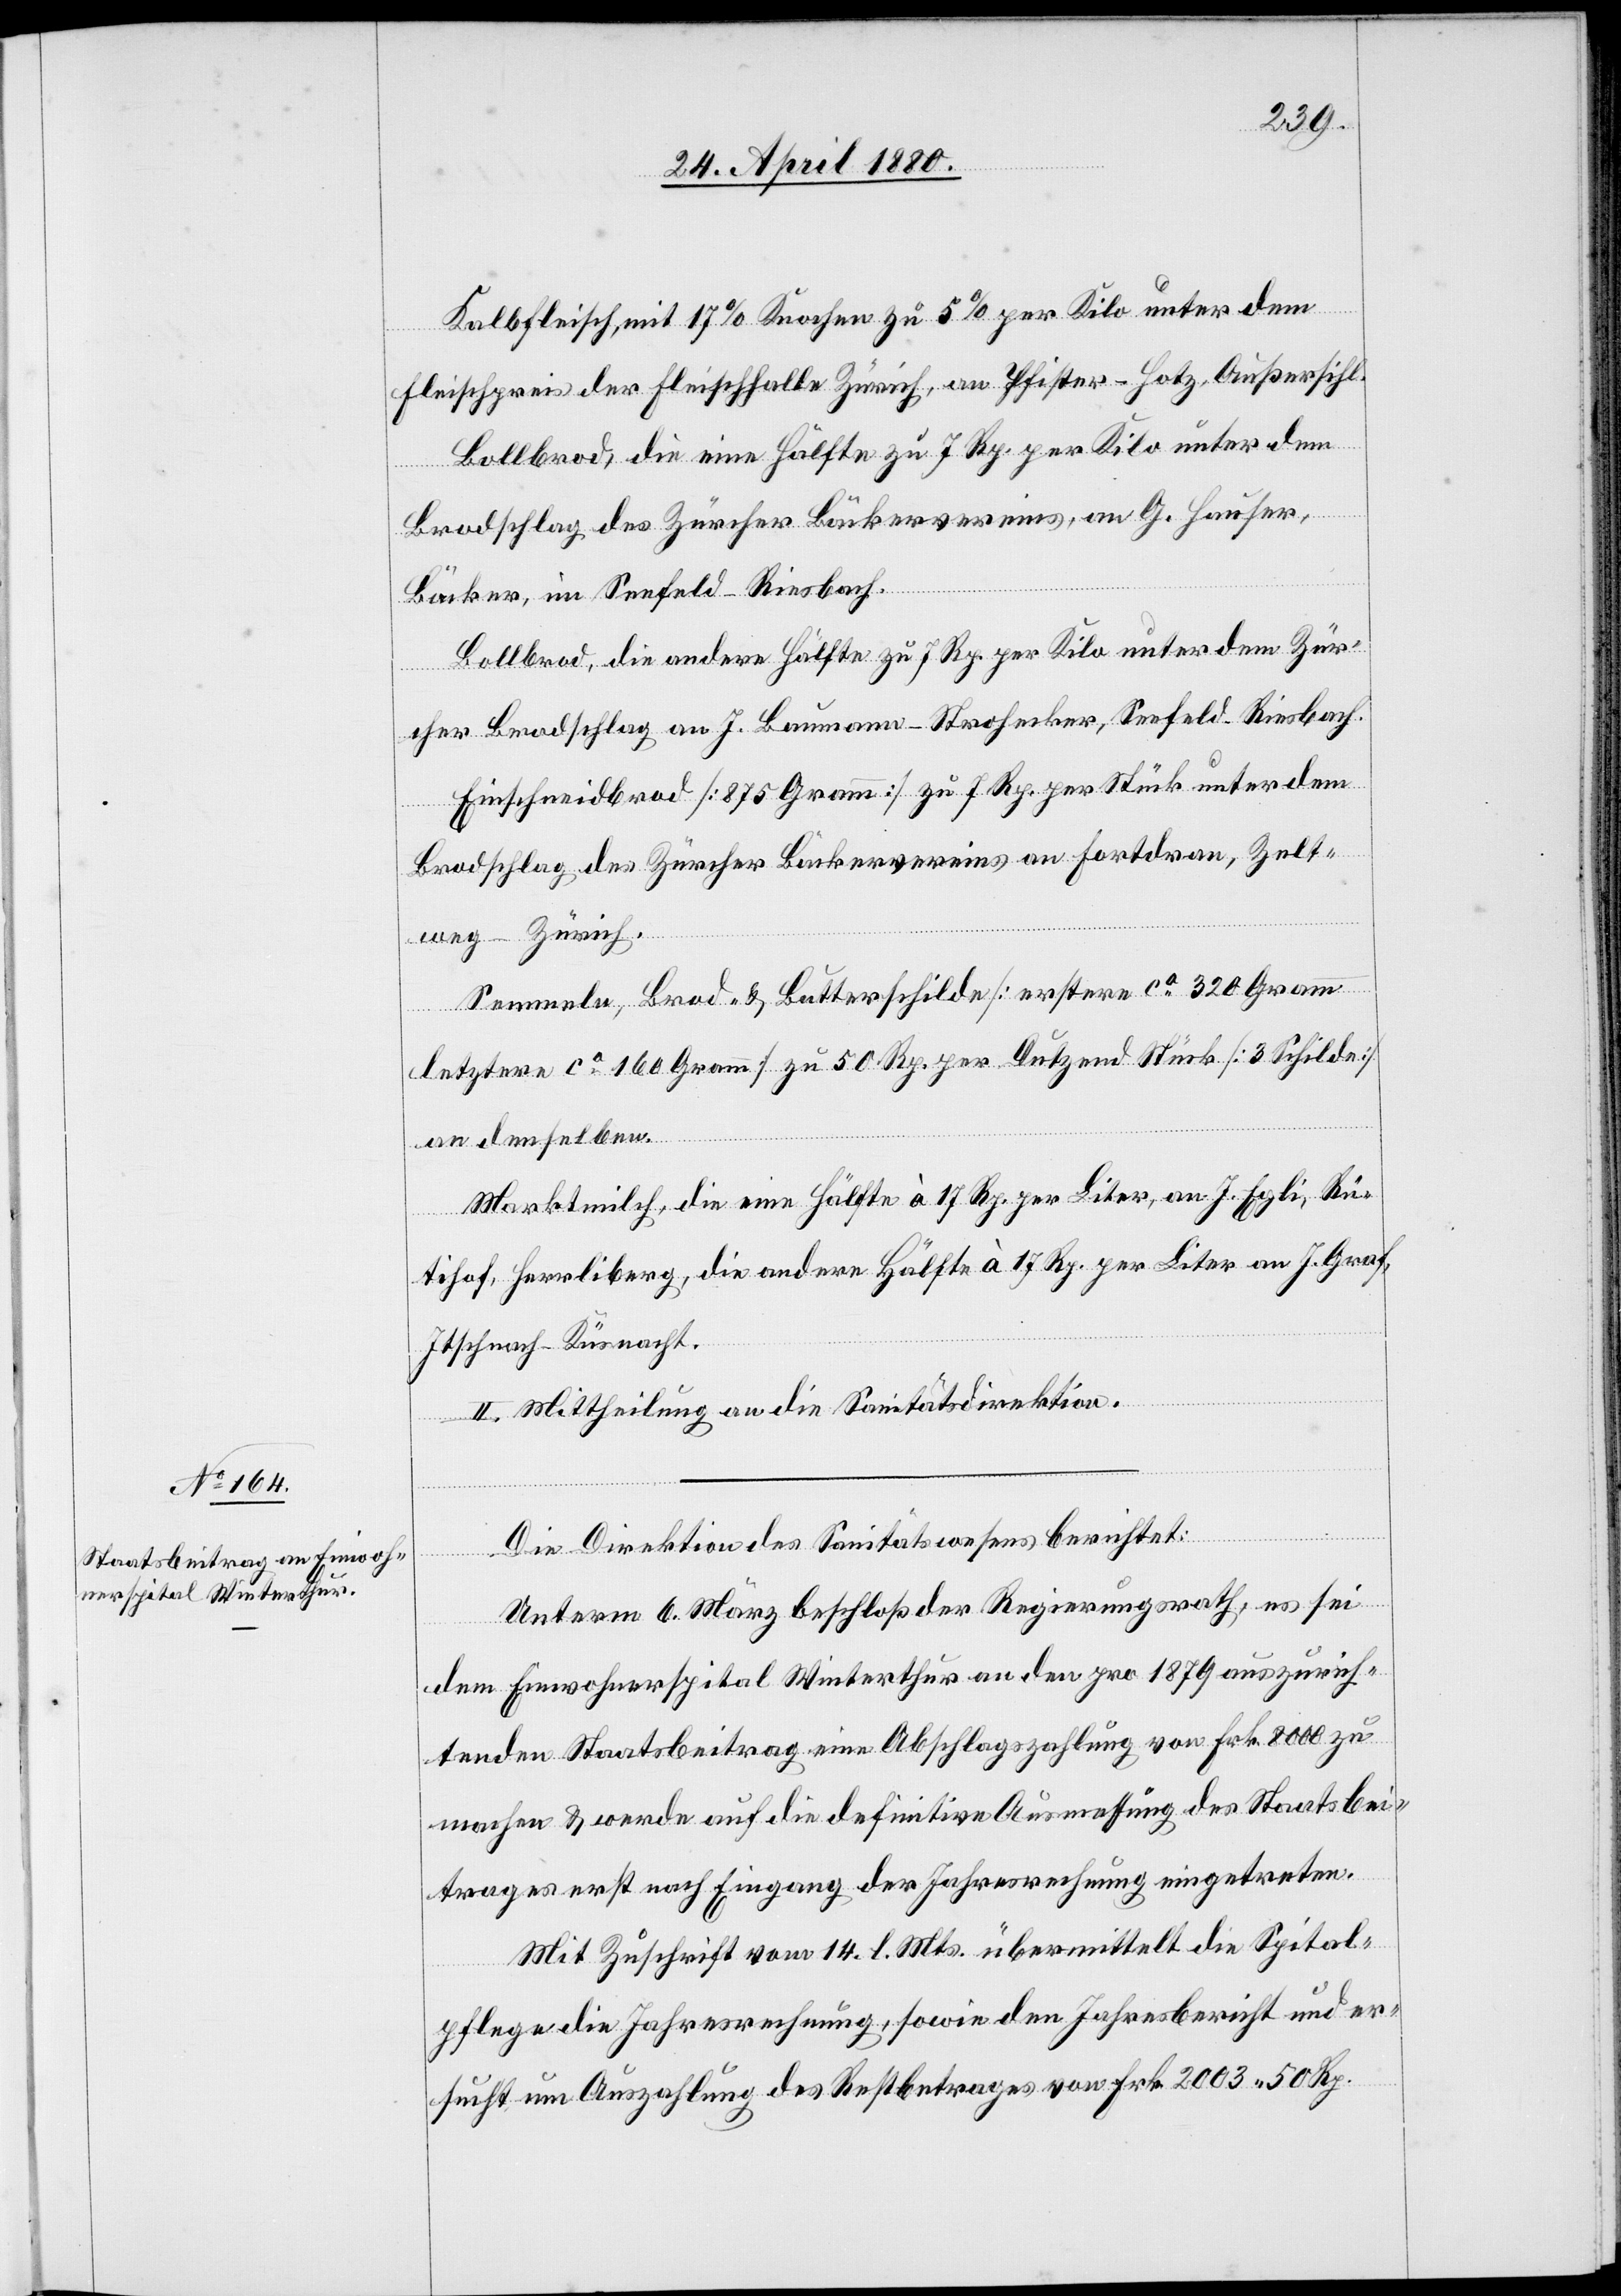
Kalbfleisch, mit 17% Knochen zu 5% per Kilo unter dem
Fleischpreis der Fleischhalle Zürich, an Pfister-Hotz, Außersihl.
Bollbrod, die eine Hälfte zu 7 Rp. per Kilo unter dem
Brodschlag des Zürcher Bäckervereins, an G. Hauser,
Bäcker, im Seefeld - Riesbach.
Bollbrod, die andere Hälfte zu 7 Rp. per Kilo unter dem Zür¬
cher Brodschlag an J. Baumann-Strohecker, Seefeld - Riesbach.
Einschneidbrod [875 Gramm] zu 7 Rp. per Kilo unter dem
Brodschlag des Zürcher Bäckervereins an Fortdran, Zelt¬
weg - Zürich.
Semmeln, Brod- & Butterschilde [erstere ca 320 Gramm,
letztere ca 160 Gramm] zu 50 Rp. per Dutzend Stücke [3 Schilde]
an denselben.
Marktmilch, die eine Hälfte à 17 Rp. per Liter, an J. Egli, Rü¬
tihof, Herrliberg, die andere Hälfte à 17 Rp. per Liter an J. Graf,
Itschnach - Küsnacht.
II. Mittheilung an die Sanitätsdirektion.
Die Direktion des Sanitätswesens berichtet:
Unterm 6. März beschloß der Regierungsrath, es sei
dem Einwohnerspital Winterthur an den pro 1879 auszurich¬
tenden Staatsbeitrag eine Abschlagszahlung von Frk. 8000 zu
machen & werde auf die definitive Ausmessung des Staatsbei¬
trages erst nach Eingang der Jahresrechnung eingetreten.
Mit Zuschrift vom 14. l. Mts. übermittelt die Spital¬
pflege die Jahresrechnung, sowie den Jahresbericht und er¬
sucht um Auszahlung des Restbetrages von Fr. 2003. 50 Rp.